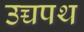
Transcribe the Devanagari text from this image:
उच्चपथ